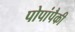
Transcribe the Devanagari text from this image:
पोपांपैकी